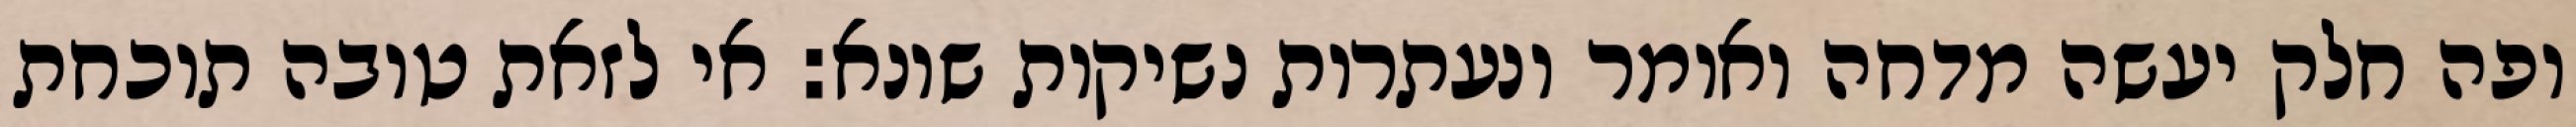
ופה חלק יעשה מדחה ואומר ונעתרות נשיקות שונא: אי לזאת טובה תוכחת